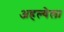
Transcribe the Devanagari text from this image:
अहल्येला